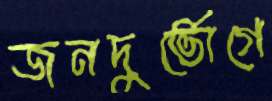
জনদুর্ভোগে